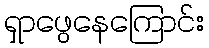
ရှာဖွေနေကြောင်း